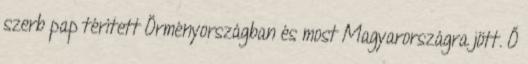
szerb pap térített Örményországban és most Magyarországra jött. Ő